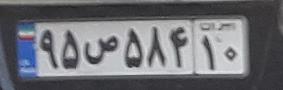
۹۵ص۵۸۴۱۰